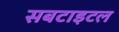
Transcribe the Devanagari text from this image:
सबटाइटल